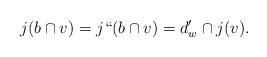
LaTeX: \begin{align*} j(b \cap v) = j``(b \cap v) = d'_w \cap j(v). \end{align*}